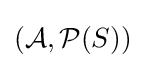
({\cal {A}},{\cal {P}}(S))